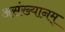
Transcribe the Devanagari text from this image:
असंख्यानम्‌